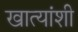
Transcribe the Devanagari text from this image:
खात्यांशी